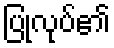
ပြုလုပ်၏